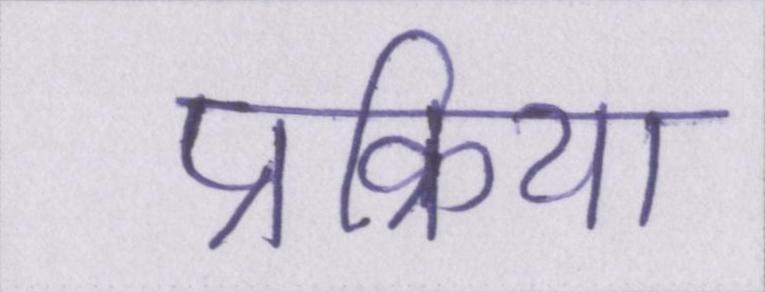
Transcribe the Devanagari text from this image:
प्रक्रिया